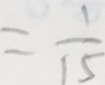
= \frac { 1 } { 1 5 }